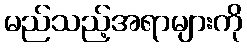
မည်သည့်အရာများကို